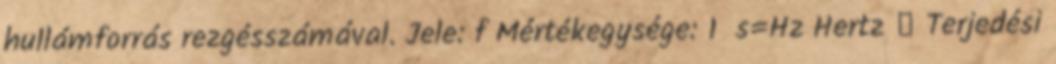
hullámforrás rezgésszámával. Jele: f Mértékegysége: 1 s=Hz Hertz  Terjedési